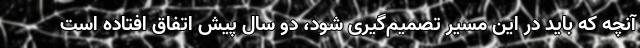
آنچه که باید در این مسیر تصمیم‌گیری شود، دو سال پیش اتفاق افتاده است